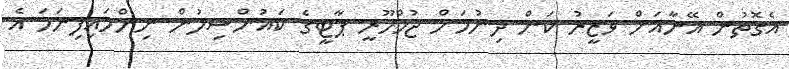
އެގޮތުން އޭނާއަށް ވަޒީރު ކަން ދިނުމަށް ޖުމްހޫރީ ޕާޓީގެ ކައުންސިލުން ނިންމައިފިނަމަ އެ